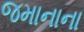
જમાનાના